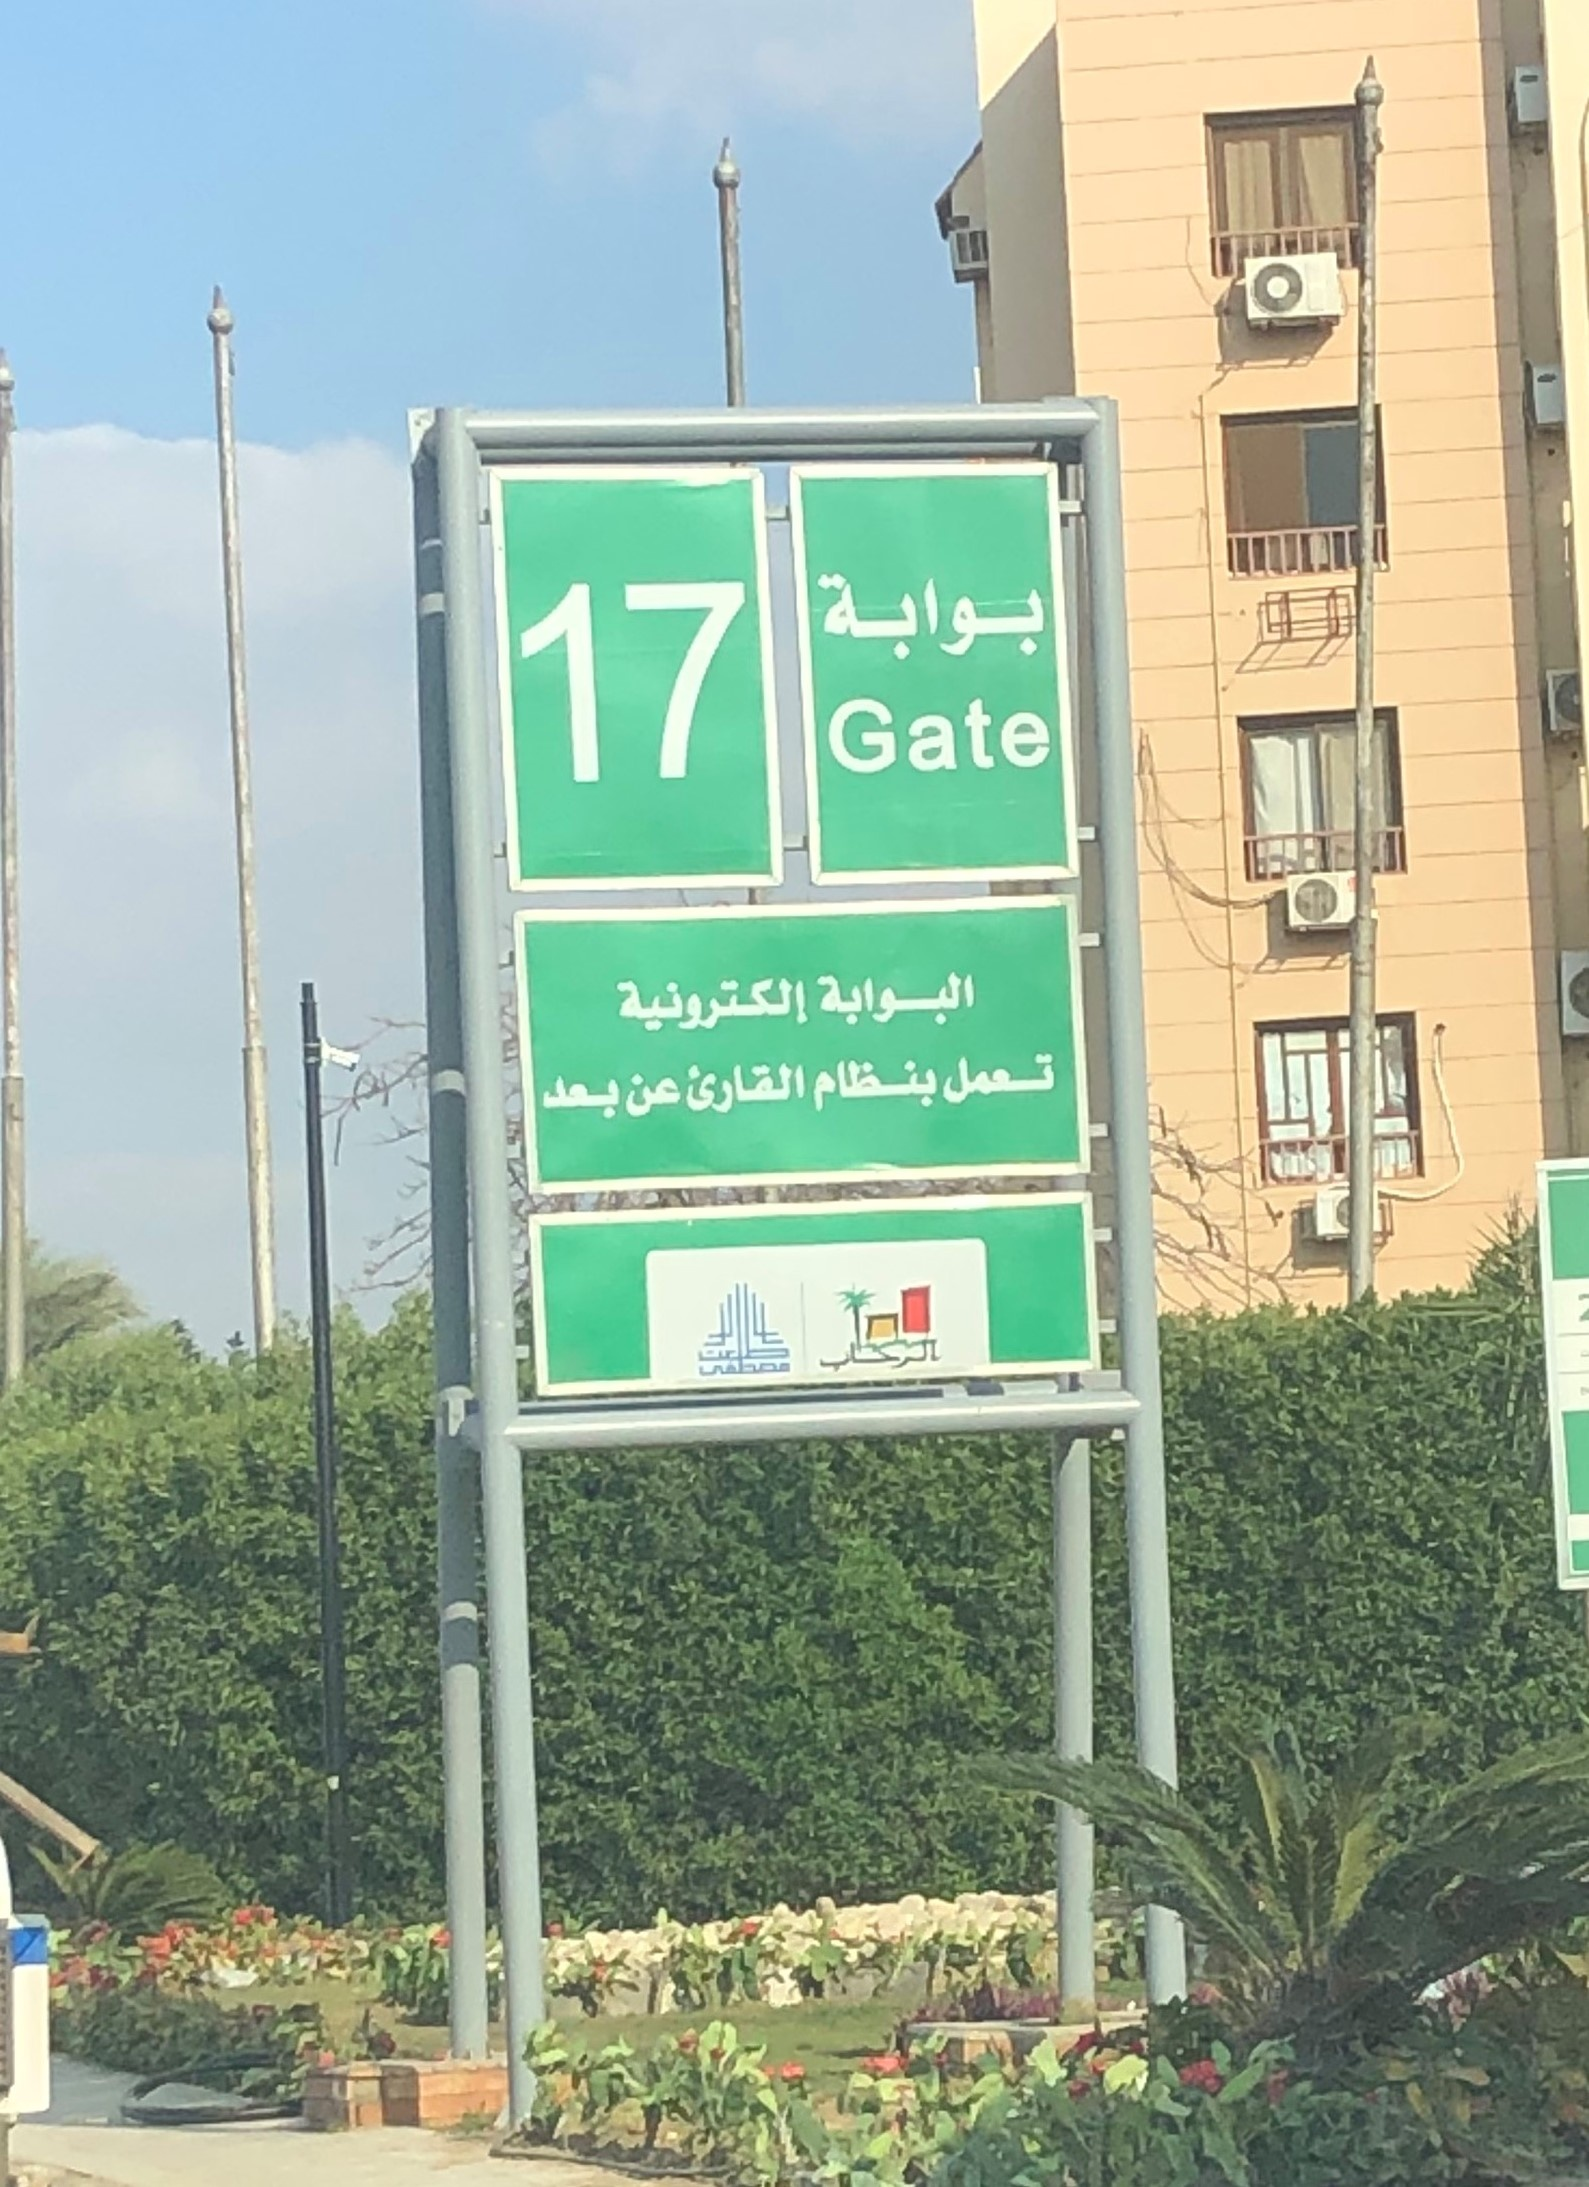
Text in image: بوابة البوابة إلكترونية تعمل بنظام القارئ عن بعد طلعت الرحاب مصطفى 17 Gate